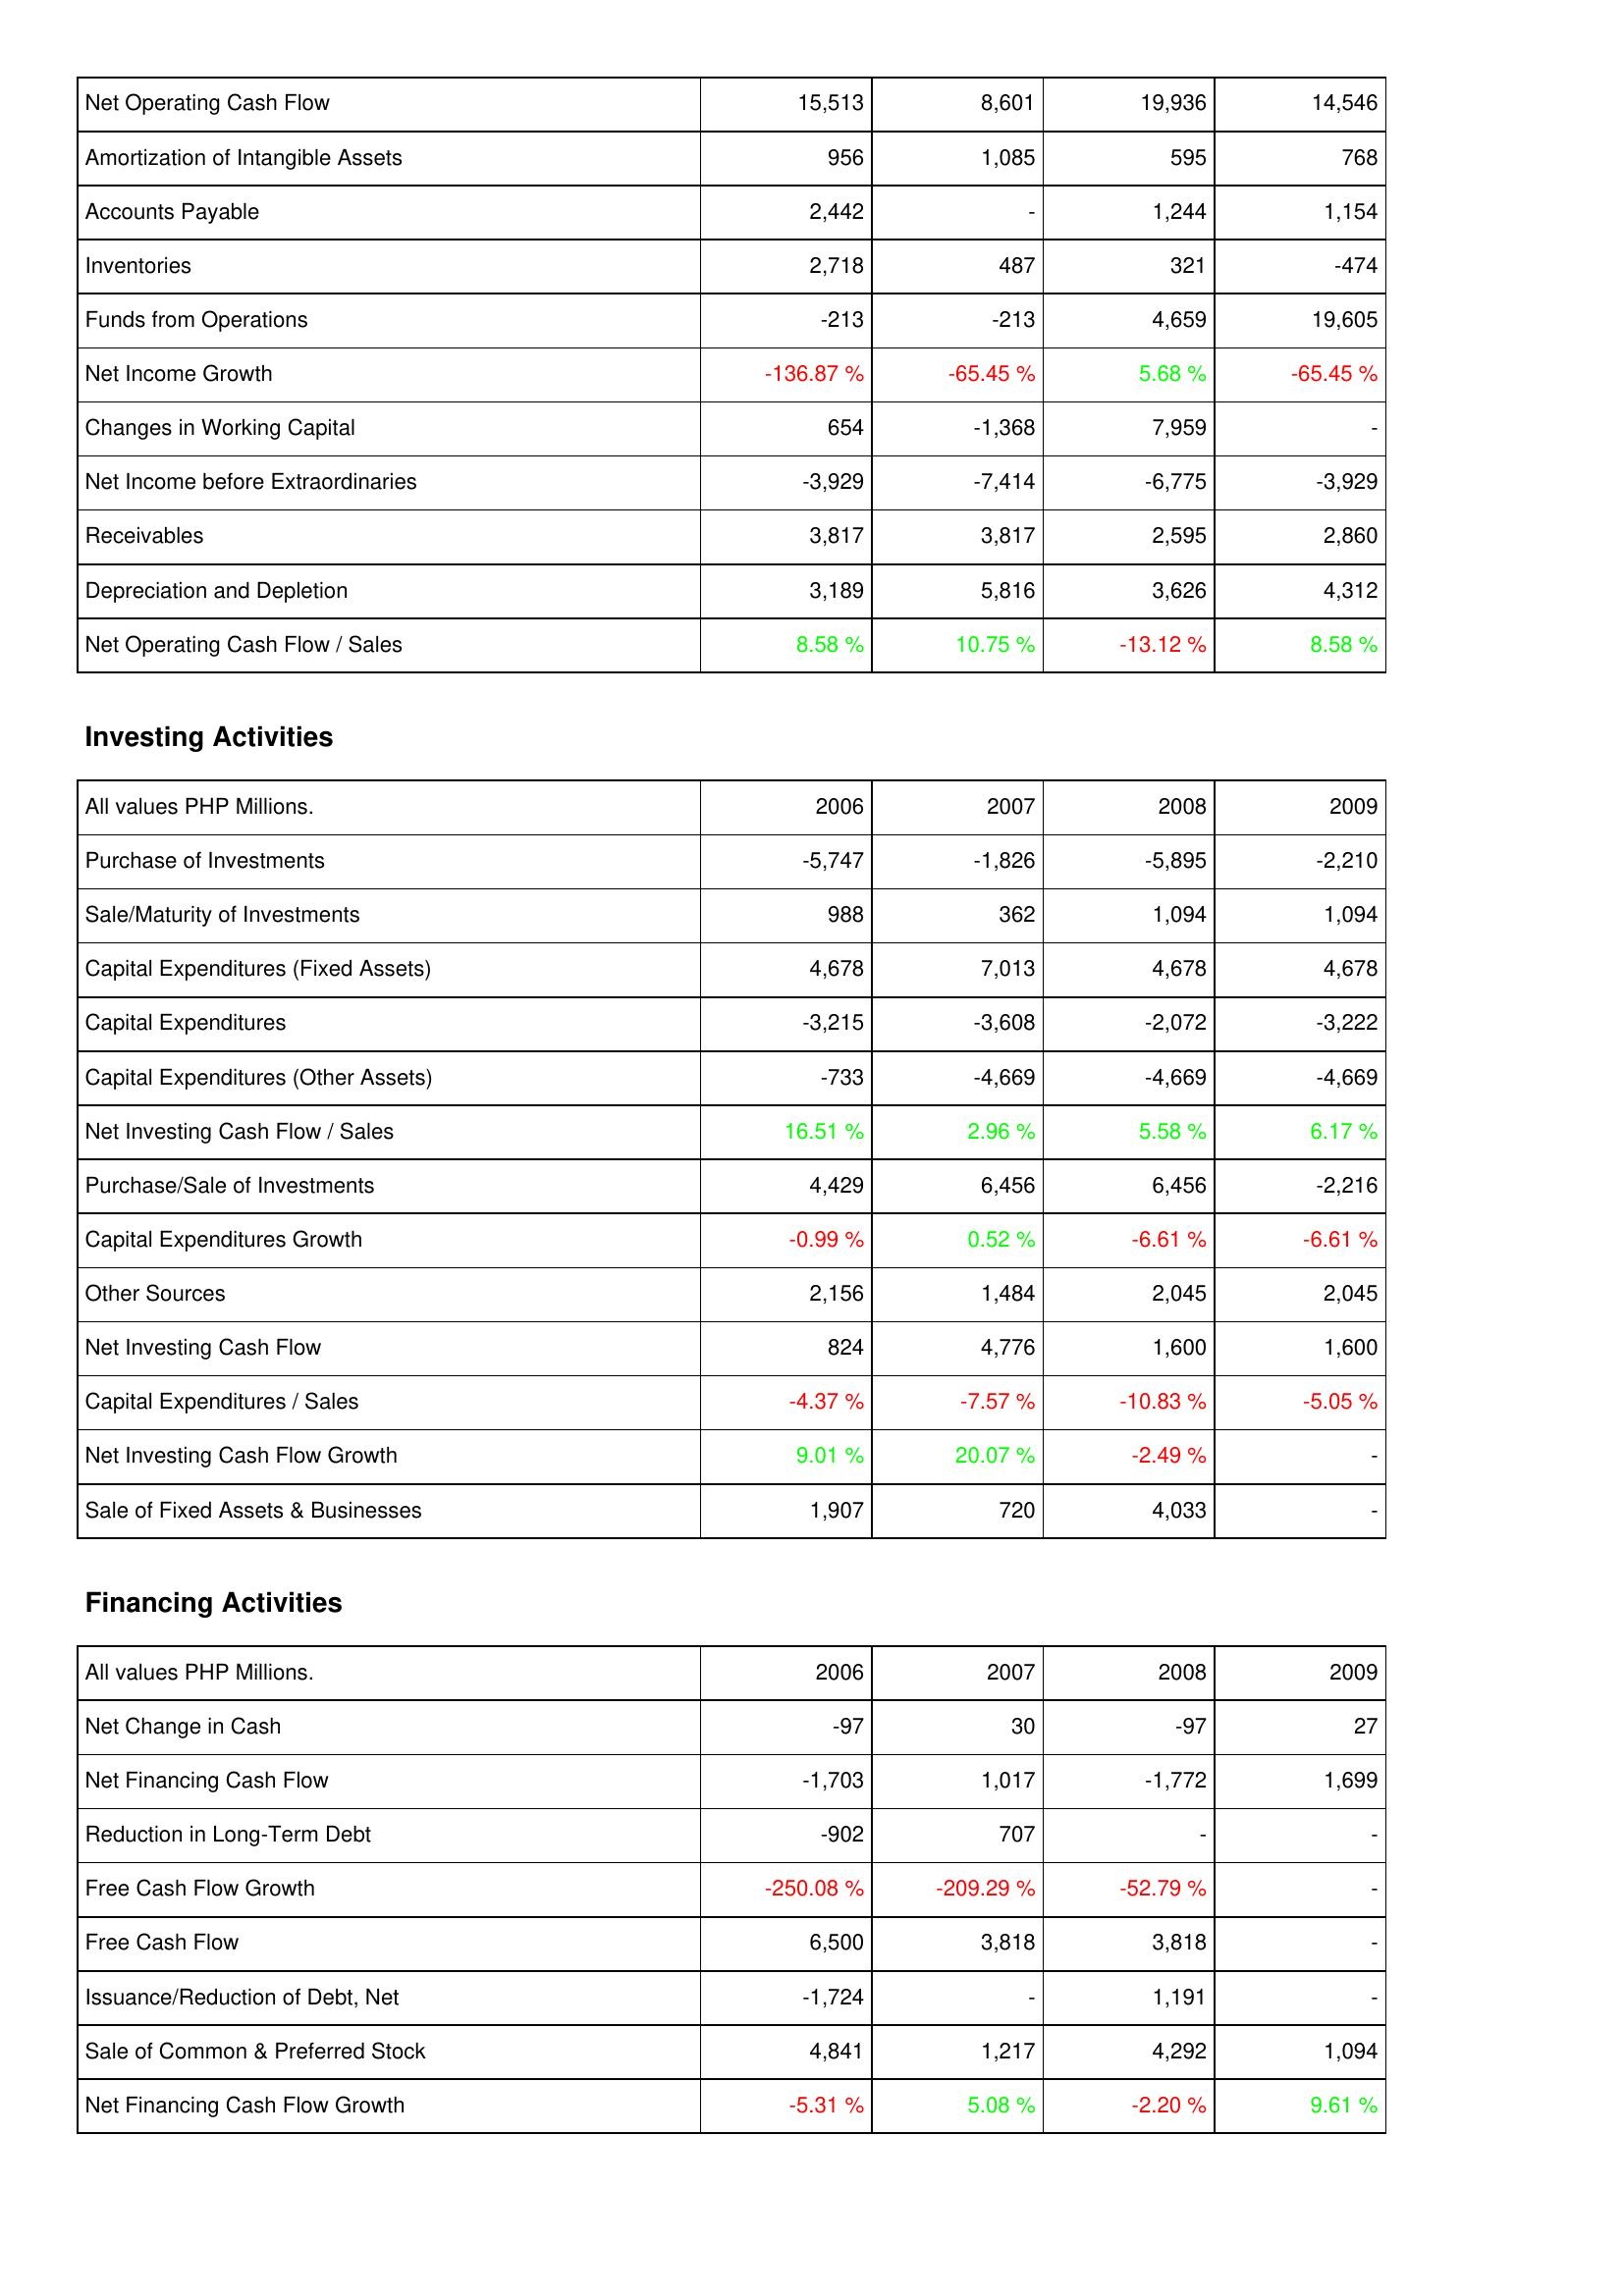
2006: Operating Activities: Net Operating Cash Flow: 15,513
Amortization of Intangible Assets: 956
Accounts Payable: 2,442
Inventories: 2,718
Funds from Operations: -213
Net Income Growth: -136.87 %
Changes in Working Capital: 654
Net Income before Extraordinaries: -3,929
Receivables: 3,817
Depreciation and Depletion: 3,189
Net Operating Cash Flow / Sales: 8.58 %
Investing Activities: Purchase of Investments: -5,747
Sale/Maturity of Investments: 988
Capital Expenditures (Fixed Assets): 4,678
Capital Expenditures: -3,215
Capital Expenditures (Other Assets): -733
Net Investing Cash Flow / Sales: 16.51 %
Purchase/Sale of Investments: 4,429
Capital Expenditures Growth: -0.99 %
Other Sources: 2,156
Net Investing Cash Flow: 824
Capital Expenditures / Sales: -4.37 %
Net Investing Cash Flow Growth: 9.01 %
Sale of Fixed Assets & Businesses: 1,907
Financing Activities: Net Change in Cash: -97
Net Financing Cash Flow: -1,703
Reduction in Long-Term Debt: -902
Free Cash Flow Growth: -250.08 %
Free Cash Flow: 6,500
Issuance/Reduction of Debt, Net: -1,724
Sale of Common & Preferred Stock: 4,841
Net Financing Cash Flow Growth: -5.31 %
2007: Operating Activities: Net Operating Cash Flow: 8,601
Amortization of Intangible Assets: 1,085
Accounts Payable: -
Inventories: 487
Funds from Operations: -213
Net Income Growth: -65.45 %
Changes in Working Capital: -1,368
Net Income before Extraordinaries: -7,414
Receivables: 3,817
Depreciation and Depletion: 5,816
Net Operating Cash Flow / Sales: 10.75 %
Investing Activities: Purchase of Investments: -1,826
Sale/Maturity of Investments: 362
Capital Expenditures (Fixed Assets): 7,013
Capital Expenditures: -3,608
Capital Expenditures (Other Assets): -4,669
Net Investing Cash Flow / Sales: 2.96 %
Purchase/Sale of Investments: 6,456
Capital Expenditures Growth: 0.52 %
Other Sources: 1,484
Net Investing Cash Flow: 4,776
Capital Expenditures / Sales: -7.57 %
Net Investing Cash Flow Growth: 20.07 %
Sale of Fixed Assets & Businesses: 720
Financing Activities: Net Change in Cash: 30
Net Financing Cash Flow: 1,017
Reduction in Long-Term Debt: 707
Free Cash Flow Growth: -209.29 %
Free Cash Flow: 3,818
Issuance/Reduction of Debt, Net: -
Sale of Common & Preferred Stock: 1,217
Net Financing Cash Flow Growth: 5.08 %
2008: Operating Activities: Net Operating Cash Flow: 19,936
Amortization of Intangible Assets: 595
Accounts Payable: 1,244
Inventories: 321
Funds from Operations: 4,659
Net Income Growth: 5.68 %
Changes in Working Capital: 7,959
Net Income before Extraordinaries: -6,775
Receivables: 2,595
Depreciation and Depletion: 3,626
Net Operating Cash Flow / Sales: -13.12 %
Investing Activities: Purchase of Investments: -5,895
Sale/Maturity of Investments: 1,094
Capital Expenditures (Fixed Assets): 4,678
Capital Expenditures: -2,072
Capital Expenditures (Other Assets): -4,669
Net Investing Cash Flow / Sales: 5.58 %
Purchase/Sale of Investments: 6,456
Capital Expenditures Growth: -6.61 %
Other Sources: 2,045
Net Investing Cash Flow: 1,600
Capital Expenditures / Sales: -10.83 %
Net Investing Cash Flow Growth: -2.49 %
Sale of Fixed Assets & Businesses: 4,033
Financing Activities: Net Change in Cash: -97
Net Financing Cash Flow: -1,772
Reduction in Long-Term Debt: -
Free Cash Flow Growth: -52.79 %
Free Cash Flow: 3,818
Issuance/Reduction of Debt, Net: 1,191
Sale of Common & Preferred Stock: 4,292
Net Financing Cash Flow Growth: -2.20 %
2009: Operating Activities: Net Operating Cash Flow: 14,546
Amortization of Intangible Assets: 768
Accounts Payable: 1,154
Inventories: -474
Funds from Operations: 19,605
Net Income Growth: -65.45 %
Changes in Working Capital: -
Net Income before Extraordinaries: -3,929
Receivables: 2,860
Depreciation and Depletion: 4,312
Net Operating Cash Flow / Sales: 8.58 %
Investing Activities: Purchase of Investments: -2,210
Sale/Maturity of Investments: 1,094
Capital Expenditures (Fixed Assets): 4,678
Capital Expenditures: -3,222
Capital Expenditures (Other Assets): -4,669
Net Investing Cash Flow / Sales: 6.17 %
Purchase/Sale of Investments: -2,216
Capital Expenditures Growth: -6.61 %
Other Sources: 2,045
Net Investing Cash Flow: 1,600
Capital Expenditures / Sales: -5.05 %
Net Investing Cash Flow Growth: -
Sale of Fixed Assets & Businesses: -
Financing Activities: Net Change in Cash: 27
Net Financing Cash Flow: 1,699
Reduction in Long-Term Debt: -
Free Cash Flow Growth: -
Free Cash Flow: -
Issuance/Reduction of Debt, Net: -
Sale of Common & Preferred Stock: 1,094
Net Financing Cash Flow Growth: 9.61 %